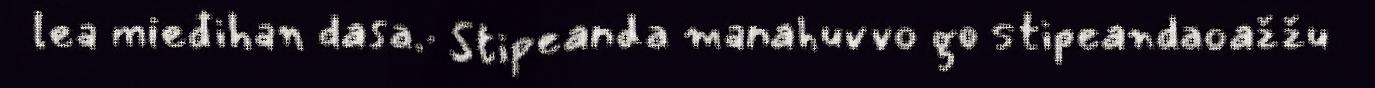
lea mieđihan dasa.· Stipeanda manahuvvo go stipeandaoažžu